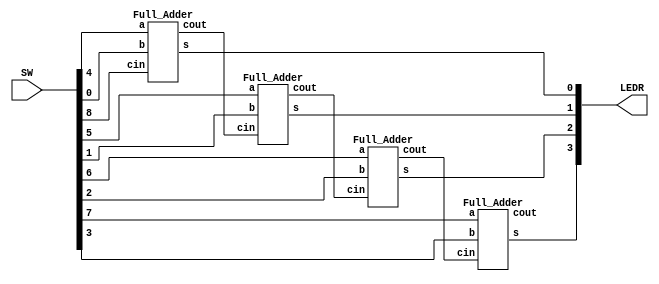
module FA_4_bit(SW,LEDR);

input [9:0] SW;
output [9:0] LEDR;

wire [2:0] W;

Full_Adder bit0(.a(SW[4]),.b(SW[0]),.cin(SW[8]),.s(LEDR[0]),.cout(W[0]));
Full_Adder bit1(.a(SW[5]),.b(SW[1]),.cin(W[0]),.s(LEDR[1]),.cout(W[1]));
Full_Adder bit2(.a(SW[6]),.b(SW[2]),.cin(W[1]),.s(LEDR[2]),.cout(W[2]));
Full_Adder bit3(.a(SW[7]),.b(SW[3]),.cin(W[2]),.s(LEDR[3]),.cout(LEDR[9]));

endmodule 



module Full_Adder(input a,b,cin,output s,cout);

assign s=a^b^cin;  //output is 1 if input has odd number of 1s.
assign cout=a&b|a&cin|b&cin;  //checking if there are atleast 2 1s to do the carry

endmodule